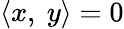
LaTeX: \langle x,\ y\rangle=0